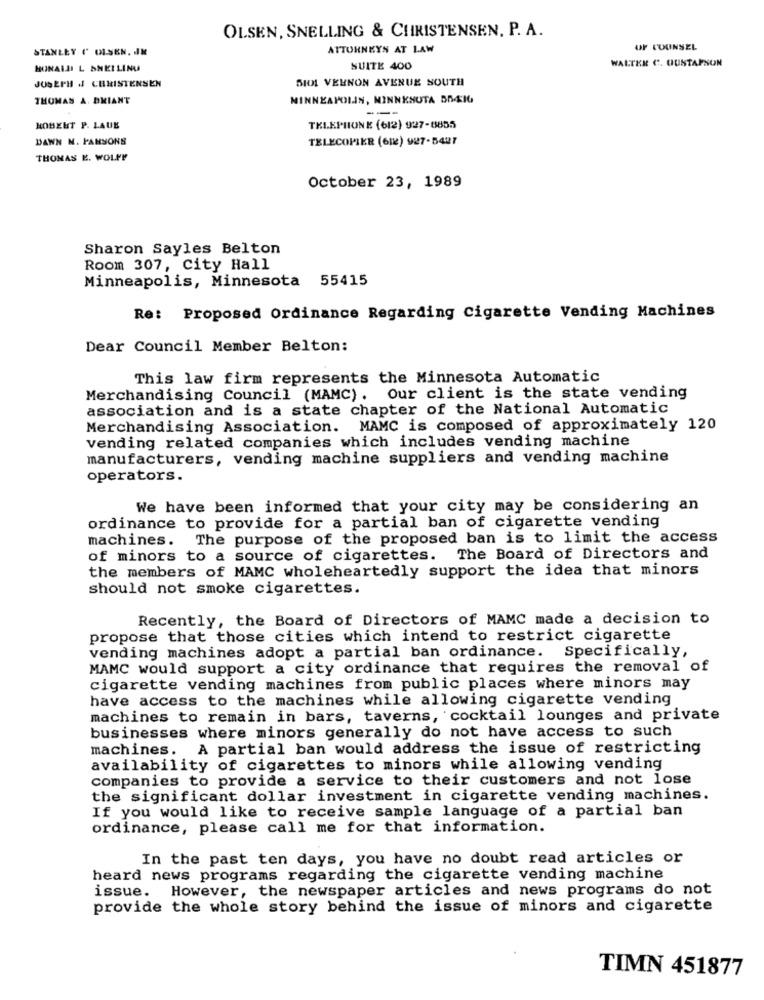
OLSEN, SNELLING & CHRISTENSEN, P. A.
STANLEY C' OLSEN. IN
ATTORNEYS AT LAW
OF COUNSEL
HONALLI L SNELLING
SUITE 400
WALTER C. GUSTAFSON
JUSEPH JJ CHRISTENSEN
SIOL VEHNON AVENUE SOUTH
THOMAS A. BRIANT
MINNEAPOLIS, MINNESOTA BR416
---
KOMENT P. LAUE
TELEPHONE (612) 927-8855
DAWN N. PARSONS
TELECOPIER (61) 927-5427
THOMAS E. WOLFF
October 23, 1989
Sharon Sayles Belton
Room 307, City Hall
Minneapolis, Minnesota 55415
Re: Proposed Ordinance Regarding Cigarette Vending Machines
Dear Council Member Belton:
This law firm represents the Minnesota Automatic
Merchandising Council (MAMC). Our client is the state vending
association and is a state chapter of the National Automatic
Merchandising Association. MAMC is composed of approximately 120
vending related companies which includes vending machine
manufacturers, vending machine suppliers and vending machine
operators.
We have been informed that your city may be considering an
ordinance to provide for a partial ban of cigarette vending
machines. The purpose of the proposed ban is to limit the access
of minors to a source of cigarettes.
The Board of Directors and
the members of MAMC wholeheartedly support the idea that minors
should not smoke cigarettes.
Recently, the Board of Directors of MAMC made a decision to
propose that those cities which intend to restrict cigarette
vending machines adopt a partial ban ordinance. Specifically,
MAMC would support a city ordinance that requires the removal of
cigarette vending machines from public places where minors may
have access to the machines while allowing cigarette vending
machines to remain in bars, taverns, cocktail lounges and private
businesses where minors generally do not have access to such
machines. A partial ban would address the issue of restricting
availability of cigarettes to minors while allowing vending
companies to provide a service to their customers and not lose
the significant dollar investment in cigarette vending machines.
If you would like to receive sample language of a partial ban
ordinance, please call me for that information.
In the past ten days, you have no doubt read articles or
heard news programs regarding the cigarette vending machine
issue.
However, the newspaper articles and news programs do not
provide the whole story behind the issue of minors and cigarette
TIMN 451877